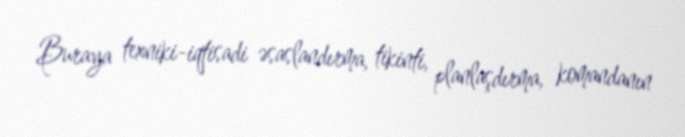
Buraya texniki-iqtisadi əsaslandırma, tikinti, planlaşdırma, komandanın